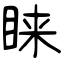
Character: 睐